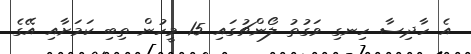
އެ ހާދިސާ ހިނގި ވަގުތު ލޯންޗުގައި 15 މީހުން ތިބި ކަމަށާއި އޭގެ